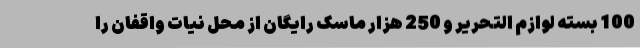
100 بسته لوازم التحریر و 250 هزار ماسک رایگان از محل نیات واقفان را